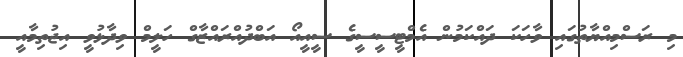
މި ރަސްމިއްޔާތުގައި ވާހަކަ ދައްކަމުން އެމްޓީސީސީގެ ސީއީއޯ އަބްދުއްރައްޒާގް ހަލީމް ވިދާޅުވީ އިޖުތިމާއީ